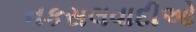
નકસલવાદીઓ